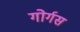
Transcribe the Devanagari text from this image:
गोर्गस